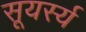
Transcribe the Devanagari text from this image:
सूयर्स्य